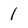
Character: 1